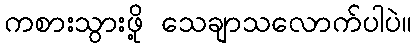
ကစားသွားဖို့ သေချာသလောက်ပါပဲ။